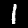
Digit: 1